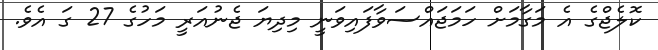
ކޮލެޖްގެ އެ މަގާމަށް ހަމަޖައްސަވާފައިވަނީ މިދިޔަ ޖެނުއަރީ މަހުގެ 27 ގަ އެވެ.